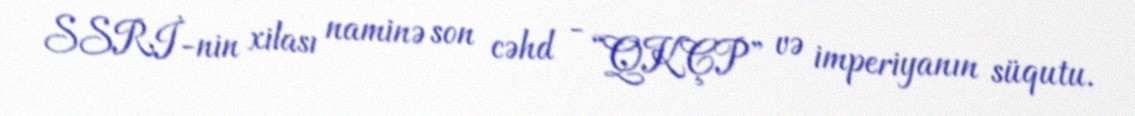
SSRİ-nin xilası naminə son cəhd - “QKÇP” və imperiyanın süqutu.